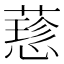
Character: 𦾂